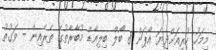
މިމަހު ކުރިއަށްދިޔަ އޯޕަން 8 ބޯލް ބިލިއާޑް މުބާރާތުގެ ތެރެއިން - ވަގުތު